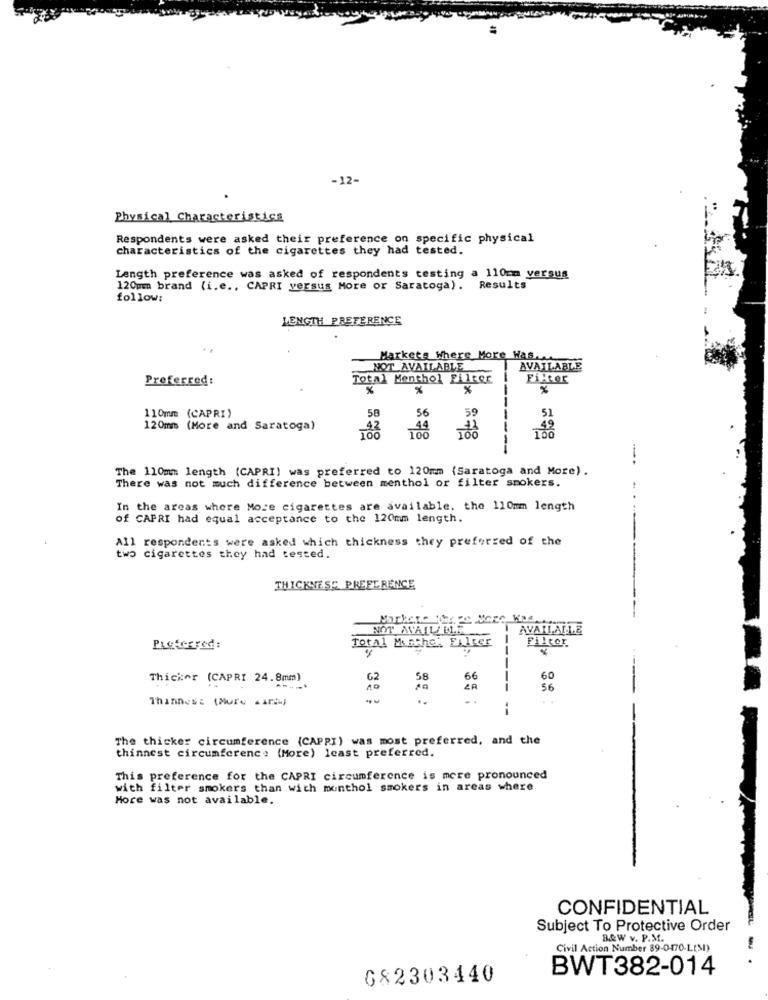
-12-
Physical Characteristics
Respondents were asked their preference on specific physical
characteristics of the cigarettes they had tested.
Length preference was asked of respondents testing a 110cm versus
120mm brand (i.e ., CAPRI versus More or Saratoga). Results
follow:
LENGTH PREFERENCE
Markets Where More Was.
NOT AVAILABLE
AVAILABLE
Preferred:
Total Menthol Filter
Filter
%
%
58
59
---
110mm (CAPRI)
56
51
120mm (More and Saratoga)
The 110mm length (CAPRI) was preferred to 120mm (Saratoga and More) .
There was not much difference between menthol or filter smokers.
In the areas where More cigarettes are available. the 110mm length
of CAPRI had equal acceptance to the 120mm length.
All respondents were asked which thickness they preferred of the
two cigarettes they had tested.
THICKNESS PREFERENCE
Markere yu Po More Was.
NOT AVALLELE
AVAILABLE
Total Marche: Filter
Preferred:
--
FILCer
Thicker (CAPRI 24.8mm)
G2
58
66
60
10
ZA
--
56
Thannes: (Mure . ari-)
The thicker circumference (CAPRI) was most preferred, and the
thinnest circumferenc: (More) least preferred.
This preference for the CAPRI circumference is more pronounced
with filter smokers than with monthol smokers in areas where
More was not available.
CONFIDENTIAL
Subject To Protective Order
B&W v. P.M.
Civil Action Number 89-0470-L(MI)
BWT382-014
682303440